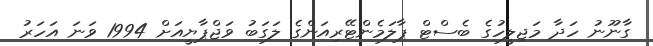
ގާނޫނު ހަދާ މަޖިލީހުގެ ބެސްޓް ޕާލަމެންޓޭރިއަންގެ ލަގަބު ވަޖްޕާޔީއަށް 1994 ވަނަ އަހަރު